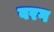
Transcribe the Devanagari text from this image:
वरग